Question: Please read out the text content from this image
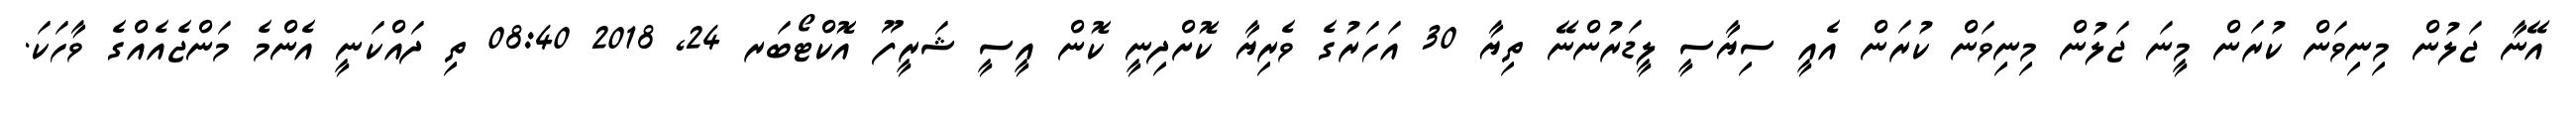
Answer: އޭނާ ޖަލުން މިނިވަން ކުރަން މީނަ ޖަލުން މިނިވަން ކުރަން އެއީ ސިޔާސީ ލީޑަރުންނޭ ތިޔާ 30 އަހަރުގެ ވެރިޔާ ކޮށްދިނީ ކޮން އީސީ ޝަރީފޫ އޮކްޓޯބަރ 24, 2018 08:40 ތި ދައްކަނީ އެންމެ މަންޖެއެއްގެ ވާހަކަ.